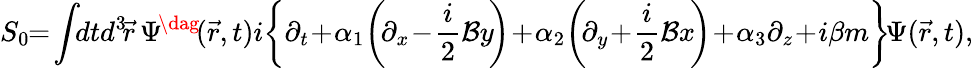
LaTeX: S_{0}\! \! =\! \int\! \! dtd^{3}\! \vec{r}\, \Psi^{\! \dag}\! (\vec{r},t)i\! \left\{ \partial_{t}\! +\! \alpha_{1}\! \left(\! \partial_{x}\! -\! \frac{i}{2}{\mathcal{B}}y\! \right)\! +\! \alpha_{2}\! \left(\! \partial_{y}\! +\! \frac{i}{2}{\mathcal{B}}x\! \right)\! +\! \alpha_{3}\partial_{z}\! +\! i\beta m\right\} \! \Psi(\vec{r},t),